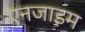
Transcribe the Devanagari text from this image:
एनजाइम